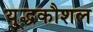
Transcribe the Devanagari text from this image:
यु्द्धकौशल